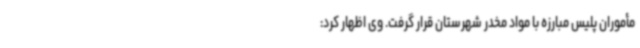
مأموران پلیس مبارزه با مواد مخدر شهرستان قرار گرفت. وی اظهار کرد: